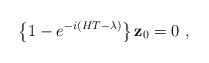
\begin{align*}\left\{1-e^{-i\left( H T-\lambda\right)}\right\}{\bf z}_0=0\ ,\end{align*}